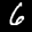
Label: 6